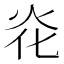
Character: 炛